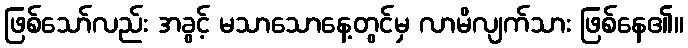
ဖြစ်သော်လည်း အခွင့် မသာသောနေ့တွင်မှ လာမိလျက်သား ဖြစ်နေ၏။